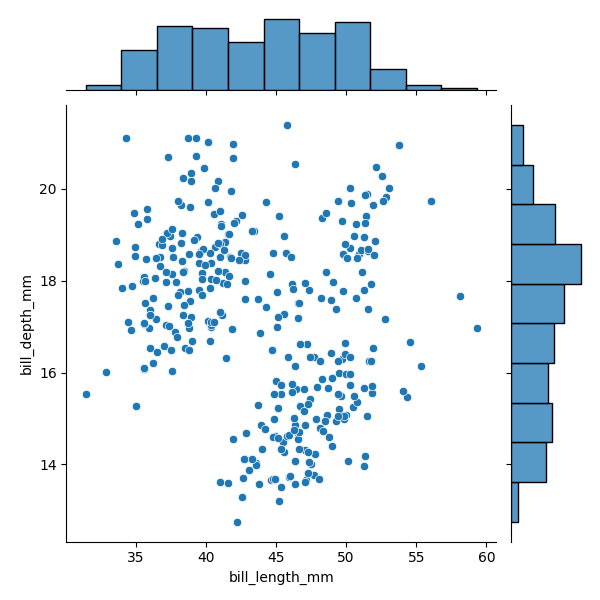
python, seaborn, JointGrid, scatterplot, histplot